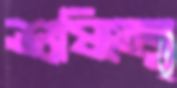
শুষিতেব্ল্